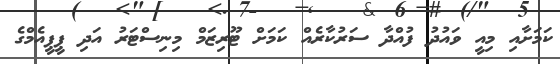
ކަމަށާއި މިއީ ވައުދު ފުއްދާ ސަރުކާރެއް ކަމަށް ޓޫރިޒަމް މިނިސްޓަރު އަދި ޕީޕީއެމްގެ